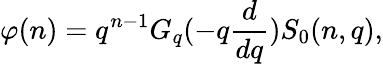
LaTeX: \varphi(n)=q^{n-1}G_{q}(-q\frac{d}{dq})S_{0}(n,q),